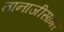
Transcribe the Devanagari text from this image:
तानाजीसागर